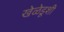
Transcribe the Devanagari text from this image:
खेळेडूशी